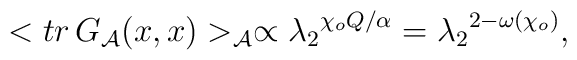
<tr\,G_{\cal A}(x,x)>_{\cal A}\propto{{\lambda_2}^{{\chi_o}Q/\alpha}}={{\lambda_2}^{2-\omega({\chi_o})}},